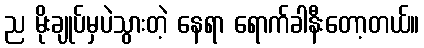
ည မိုးချုပ်မှပဲသွားတဲ့ နေရာ ရောက်ခါနီးတော့တယ်။